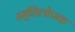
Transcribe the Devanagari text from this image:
स्मृतिलोपक